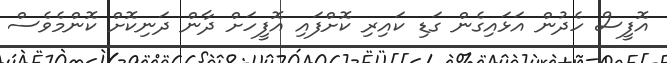
އޮފީސް ހެދުން އަޅައިގެން ގަޑި ކައިރި ކޮށްފައި އޮފީހަށް ދާން ދަނިކޮށް ކޮންމެވެސް